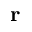
\mathbf { r }